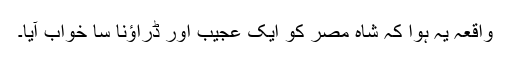
واقعہ یہ ہوا کہ شاہ مصر کو ایک عجیب اور ڈراؤنا سا خواب آیا۔